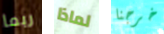
ربما لماذا خرجنا